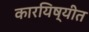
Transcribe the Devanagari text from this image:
कारयिष्यीत